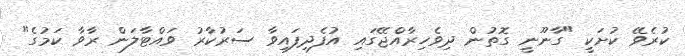
ކުރެވޭ ކުށަކީ "ގާނޫނީ ގޮތުން ދިވެހިރާއްޖޭގައި އުފެދިފައިވާ ސަރުކާރު ވައްޓާލަން ރާވާ ކަމުގެ"